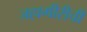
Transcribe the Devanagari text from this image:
जहागीरीची